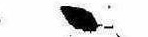
ゝ